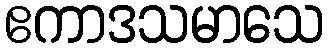
ဧကာဒသမာသေ